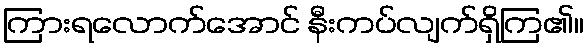
ကြားရလောက်အောင် နီးကပ်လျက်ရှိကြ၏။